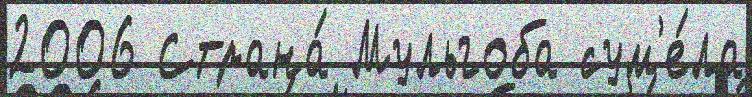
2006 Страна́ Мульгоба сум'е́ла